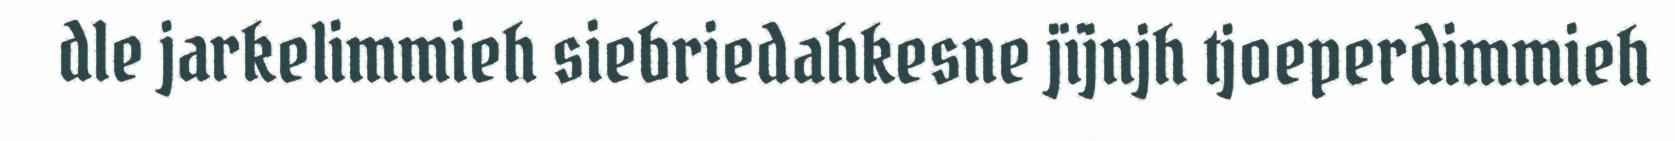
dle jarkelimmieh siebriedahkesne jïjnjh tjoeperdimmieh